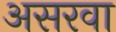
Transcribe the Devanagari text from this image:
असरवा